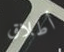
أطلاق